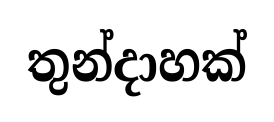
තුන්දාහක්